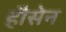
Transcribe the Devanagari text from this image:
हौसेन